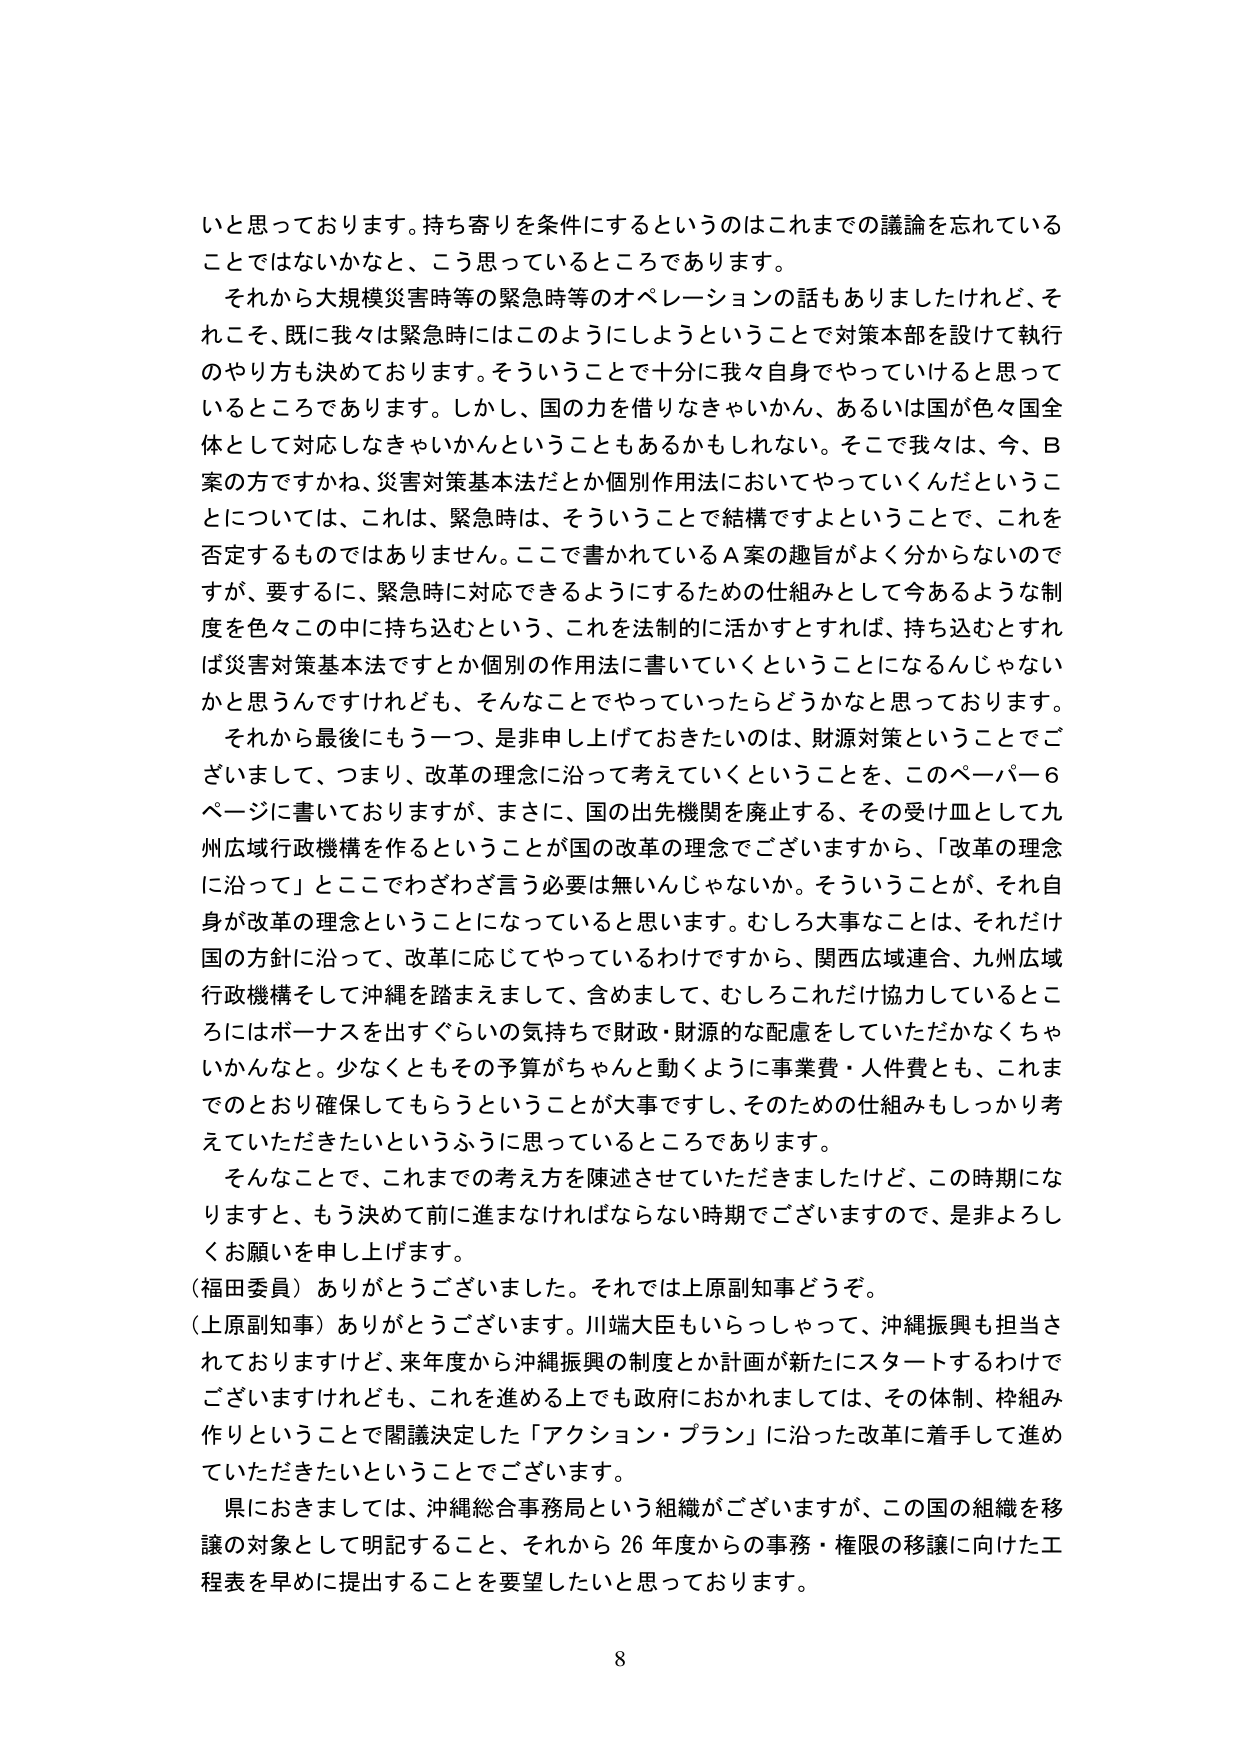
いと思っております。持ち寄りを条件にするというのはこれまでの議論を忘れて いる ことではないかなと、こう思っているところであります。
それから大規模災害時等の緊急時等のオペレーションの話もありましたけれど、そ れこそ、既に我々は緊急時にはこのようにしようということで対策本部を設けて執行 のやり方も決めております。そういうことで十分に我々自身でやっていけると思って いるところであります。しかし、国の力を借りなきゃいかん、あるいは国が色々国全 体として対応しなきゃいかんということもあるかもしれない。そこで我々は、今、B 案の方ですかね、災害対策基本法だとか個別作用法においてやっていくんだというこ とについては、これは、緊急時は、そういうことで結構ですよということで、これを 否定するものではありません。ここで書かれているA案の趣旨がよく分からないので すが、要するに、緊急時に対応できるようにするための仕組みとして今あるような制 度を色々この中に持ち込むという、これを法制的に活かすとすれば、持ち込むとすれ ば災害対策基本法ですとか個別の作用法に書いていくということになるんじゃない かと思うんですけれども、そんなことでやっていったらどうかなと思っております。
それから最後にもう一つ、是非申し上げておきたいのは、財源対策ということでご ざいまして、つまり、改革の理念に沿って考えていくということを、このペーパー6 ページに書いておりますが、まさに、国の出先機関を廃止する、その受け皿として九 州広域行政機構を作ることが国の改革の理念でございますから、「改革の理念 に沿って」とここでわざわざ言う必要は無いんじゃないか。そういうことが、それ自 身が改革の理念ということになっていると思います。むしろ大事なことは、それだけ 国の方針に沿って、改革に応じてやっているわけですから、関西広域連合、九州広域 行政機構そして沖縄を踏まえまして、含めまして、むしろこれだけ協力しているとこ ろにはボーナスを出すぐらいの気持ちで財政・財源的な配慮をしていただかなくちゃ いかんなと。少なくともその予算がちゃんと動くように事業費・人件費とも、これま でのとおり確保してもらうということが大事ですし、そのための仕組みもしっかり考 えていただきたいというふうに思っているところであります。
そんなことで、これまでの考え方を陳述させていただきましたけど、この時期にな りますと、もう決めて前に進まなければならない時期でございますので、是非よろし くお願いを申し上げます。
（福田委員）ありがとうございました。それでは上原副知事どうぞ。
（上原副知事）ありがとうございます。川端大臣もいらっしゃって、沖縄振興も担当さ れておりますけど、来年度から沖縄振興の制度とか計画が新たにスタートするわけで ございますけれども、これを進める上でも政府におかれましては、その体制、枠組み 作りということで閣議決定した「アクション・プラン」に沿った改革に着手して進め ていただきたいということでございます。
県におきましては、沖縄総合事務局という組織がございますが、この国の組織を移 譲の対象として明記すること、それから26年度からの事務・権限の移譲に向けた工 程表を早めに提出することを要望したいと思っております。
8